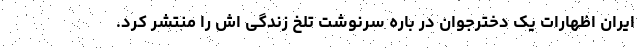
ایران اظهارات یک دخترجوان در باره سرنوشت تلخ زندگی اش را منتشر کرد.